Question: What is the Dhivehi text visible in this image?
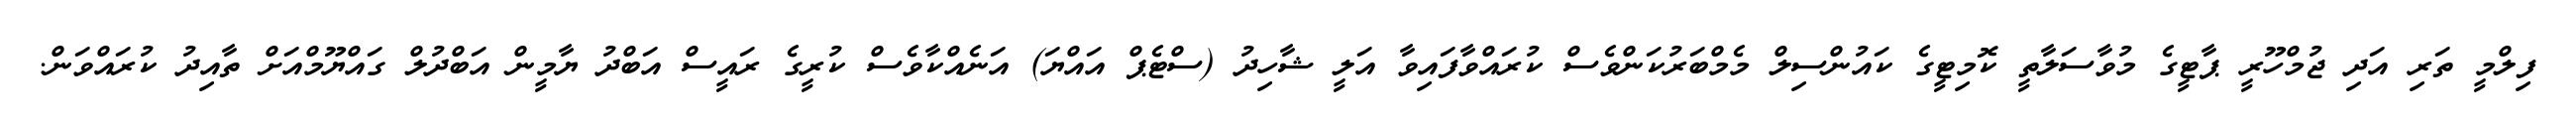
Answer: ފިލްމީ ތަރި އަދި ޖުމްހޫރީ ޕާޓީގެ މުވާސަލާތީ ކޮމިޓީގެ ކައުންސިލް މެމްބަރުކަންވެސް ކުރައްވާފައިވާ އަލީ ޝާހިދު (ސްޓެޕް އައްޔަ) އަނެއްކާވެސް ކުރީގެ ރައީސް އަބްދު ޔާމީން އަބްދުލް ގައްޔޫމްއަށް ތާއިދު ކުރައްވަން.